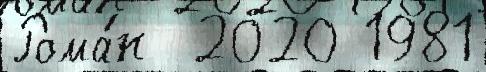
Рома́н  2020 1981